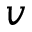
{ \boldsymbol v }